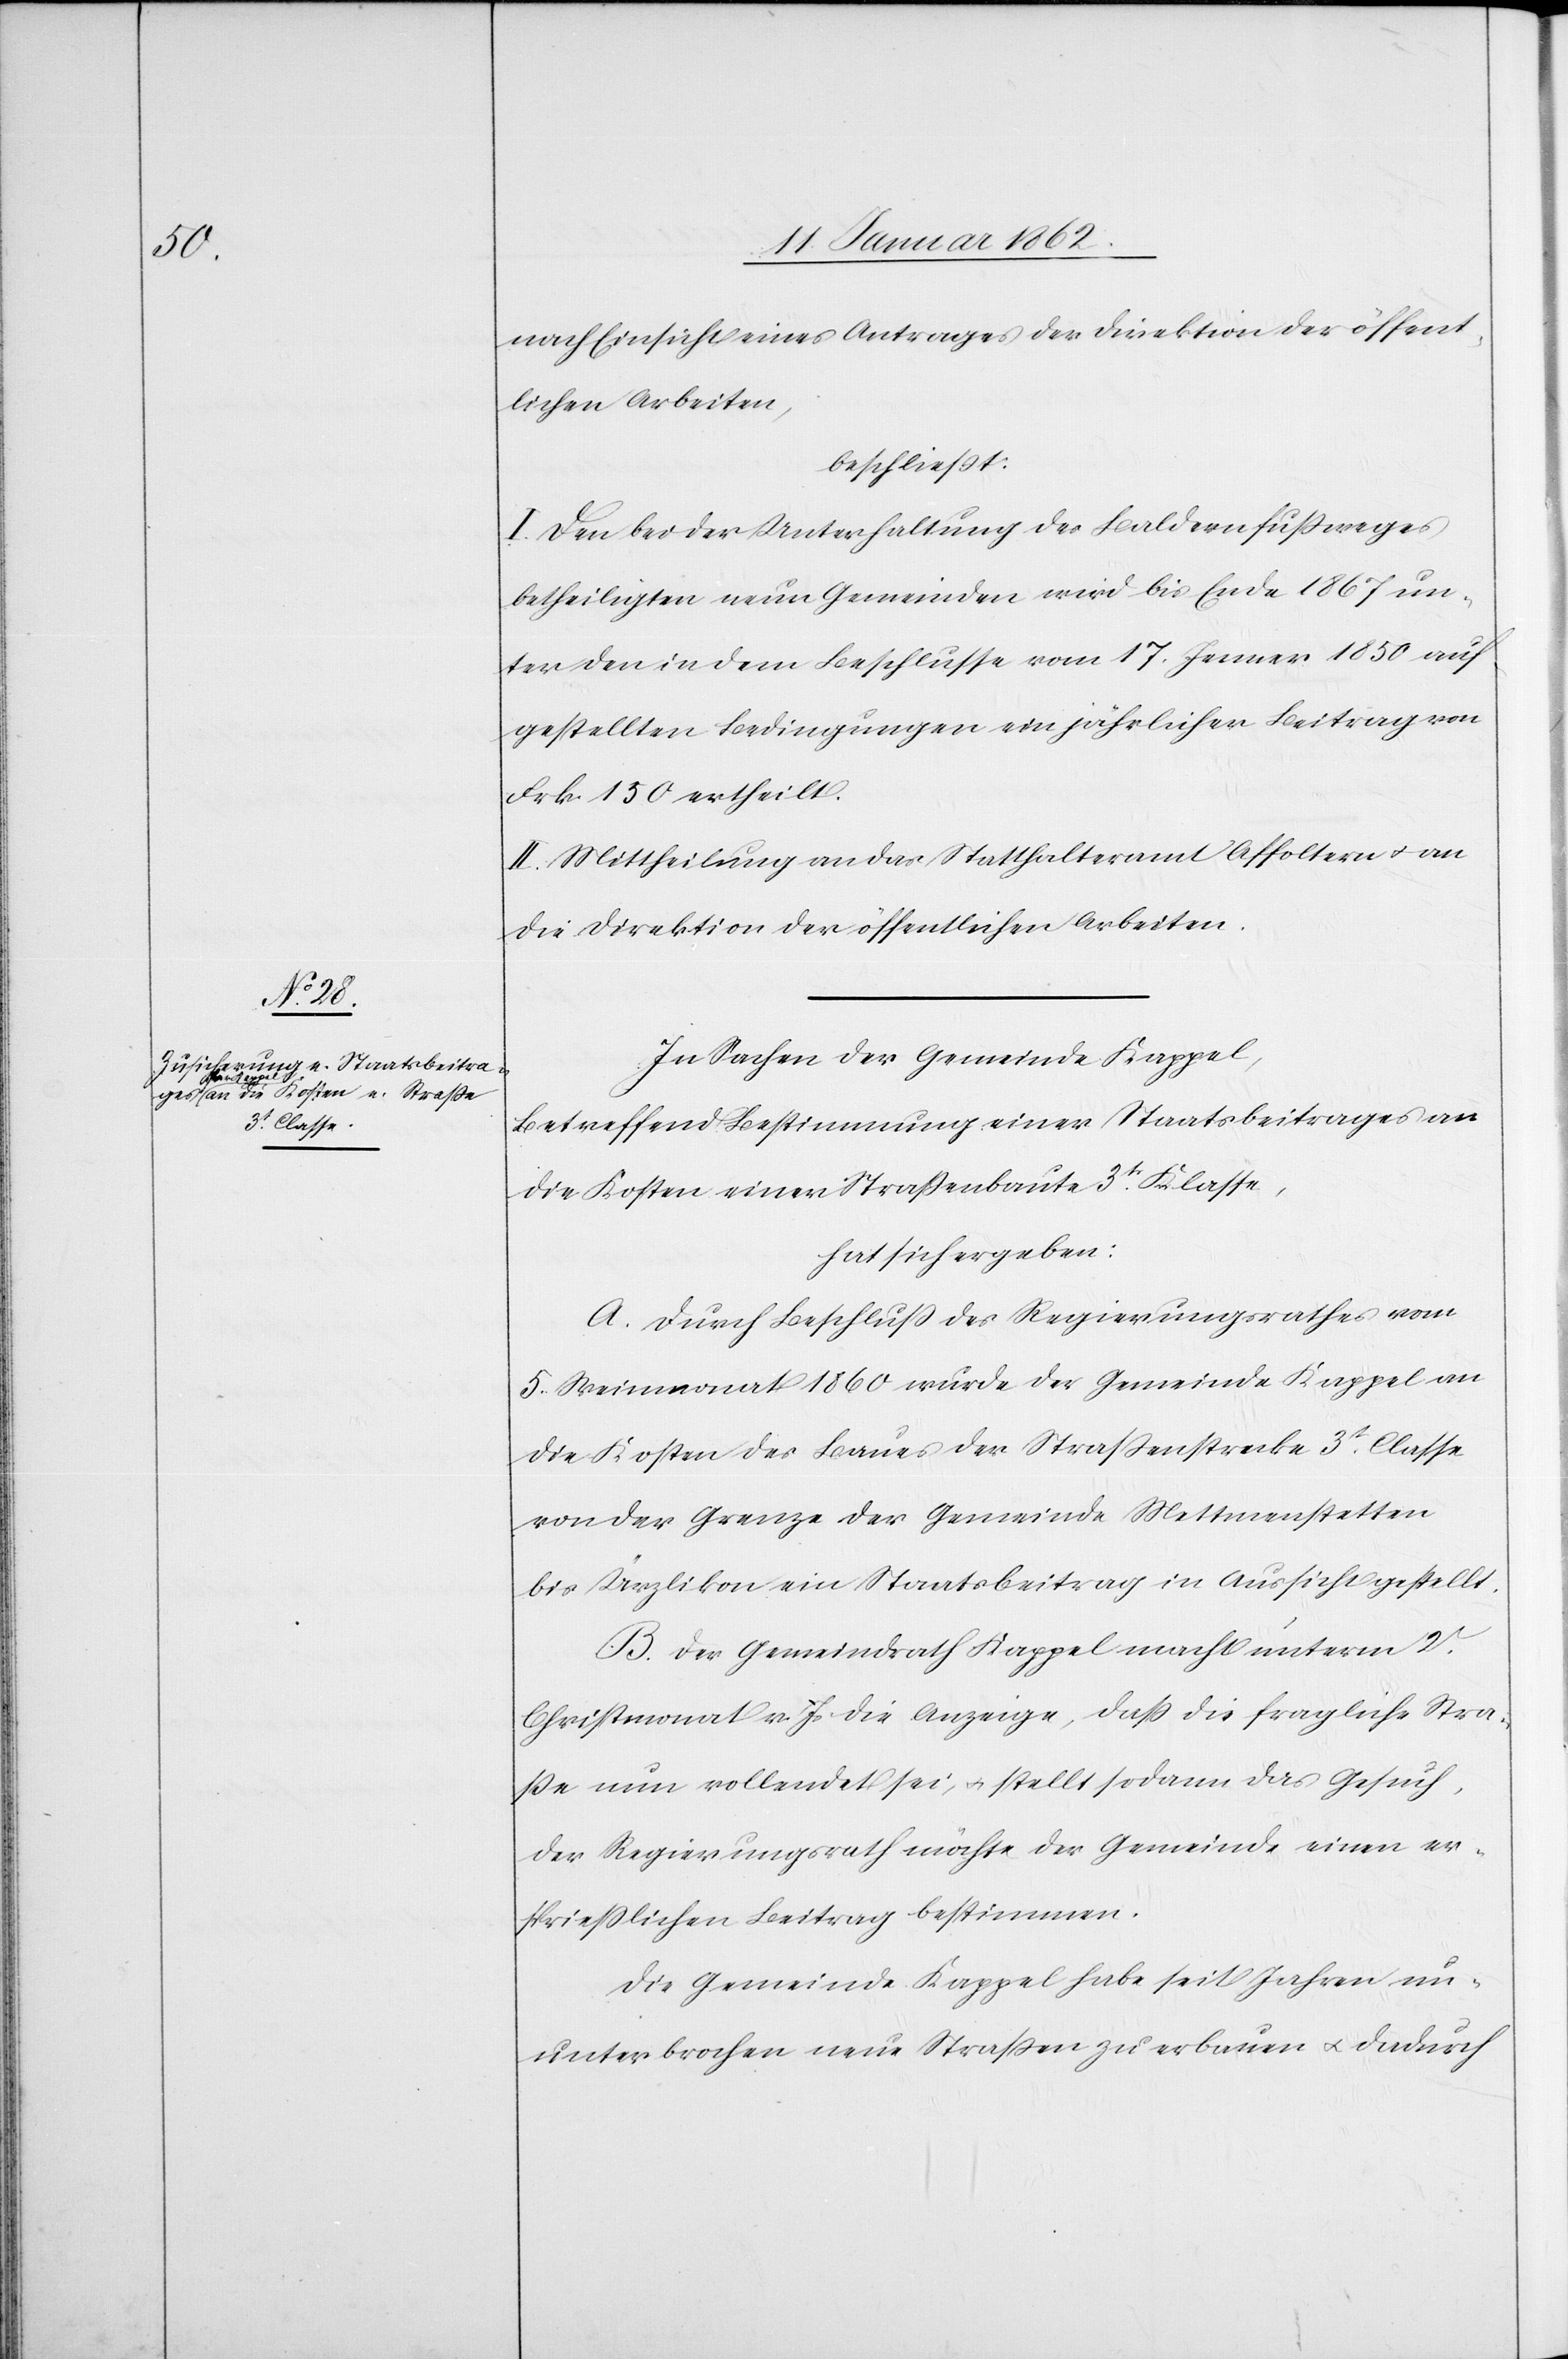
nach Einsicht eines Antrages der Direktion der öffent¬
lichen Arbeiten,
beschließt:
I. Den bei der Unterhaltung des Baldernfußweges
betheiligten neun Gemeinden wird bis Ende 1867 un¬
ter den in dem Beschlusse vom 17. Jenner 1850 auf¬
gestellten Bedingungen ein jährlicher Beitrag von
Frk. 150 ertheilt.
II. Mittheilung an das Statthalteramt Affoltern u. an
die Direktion der öffentlichen Arbeiten.
In Sachen der Gemeinde Kappel,
betreffend Bestimmung eines Staatsbeitrages an
die Kosten einer Straßenbaute 3t. Klasse,
hat sich ergeben:
A. Durch Beschluß des Regierungsrathes vom
5. Weinmonat 1860 wurde der Gemeinde Kappel an
die Kosten des Baues der Straßenstrecke 3t. Classe
von der Grenze der Gemeinde Mettmenstetten
bis Ürzlikon ein Staatsbeitrag in Aussicht gestellt.
B. Der Gemeindrath Kappel macht unterm 2.
Christmonat v. Js. die Anzeige, daß die fragliche Stra¬
ße nun vollendet sei, u. stellt sodann das Gesuch,
der Regierungsrath möchte der Gemeinde einen er¬
sprießlichen Beitrag bestimmen.
Die Gemeinde Kappel habe seit Jahren un¬
unterbrochen neue Straßen zu erbauen u. dadurch